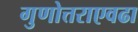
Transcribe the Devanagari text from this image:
गुणोत्तराएवढा